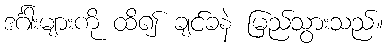
ဒင်္ဂါးများကို ထိ၍ ချင်ခနဲ မြည်သွားသည်။